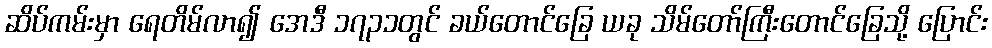
ဆိပ်ကမ်းမှာ ရေတိမ်လာ၍ အေဒီ ၁၇၃၁တွင် ခယ်တောင်ခြေ ယခု သိမ်တော်ကြီးတောင်ခြေသို့ ပြောင်း